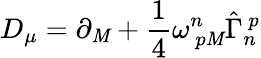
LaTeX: D_{\mu}=\partial_{\mathit{M}}+\frac{{1}}{{4}}\omega_{~p\mathit{M}}^{n}\hat{{\Gamma}}_{n}^{~p}